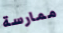
ممارسة